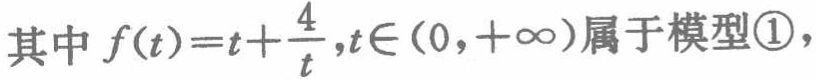
其中 \(f(t)=t+\frac{4}{t},t\in(0,+\infty)\)属于模型\textcircled{1}，